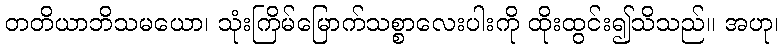
တတိယာဘိသမယော၊ သုံးကြိမ်မြောက်သစ္စာလေးပါးကို ထိုးထွင်း၍သိသည်။ အဟု၊